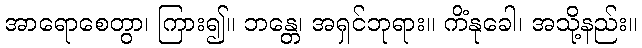
အာရောစေတွာ၊ ကြား၍။ ဘန္တေ၊ အရှင်ဘုရား။ ကိံနုခေါ၊ အသို့နည်း။